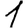
Digit: 1